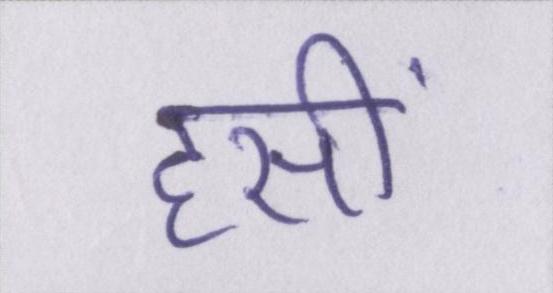
हसीं